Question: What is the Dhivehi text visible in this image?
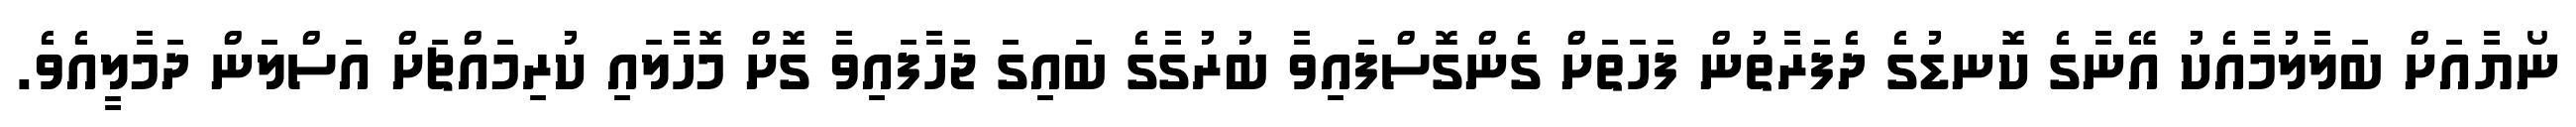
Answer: ނޯޔާއަށް ބަލާލުމާއެކު އޭނާގެ ކޮނޑުގެ ދެފަރާތުން ފަހަތަށް ގެންގޮސްފައިވާ ބުރުގާގެ ބައިގަ ޖަހާފައިވާ ގޮށް މޮހާލައި ކުރިމައްޗަށް އަސްލަން ދަމާލީއެވެ.